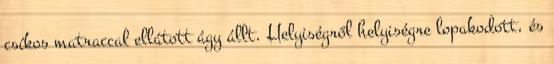
csíkos matraccal ellátott ágy állt. Helyiségről helyiségre lopakodott, és